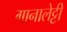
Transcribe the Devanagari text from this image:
गानालेट्टी